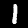
Digit: 1